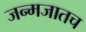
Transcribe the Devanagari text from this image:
जन्मजातच